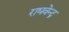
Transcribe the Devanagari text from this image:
राघवेन्‍द्र